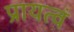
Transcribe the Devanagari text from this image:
प्रायत्वं